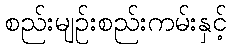
စည်းမျဉ်းစည်းကမ်းနှင့်